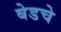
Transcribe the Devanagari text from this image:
बेडचे